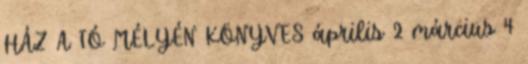
HÁZ A TÓ MÉLYÉN KÖNYVES április 2 március 4